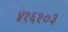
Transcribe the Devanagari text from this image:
४१६१०३